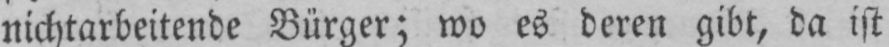
nichtarbeitende Bürger; wo es deren gibt, da ist